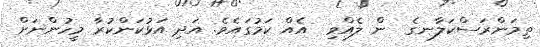
ތިމަންރަސްކަލާނގެ  ން ލެއްވި  އެއް ކަމުގައެވެ. އަދި އަޅުކަންކުރާ މީހުންނަށް